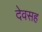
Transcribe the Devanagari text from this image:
देवसह